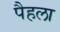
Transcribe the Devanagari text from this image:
पैहला